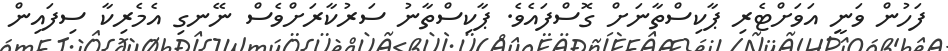
ފަހުން ވަނީ އަވަށްޓެރި ޕާކިސްތާނަށް ގޮސްފައެވެ. ޕާކިސްތާނު ސަރުކާރަށްވެސް ނޭނގި އެމެރިކާ ސިފައިން